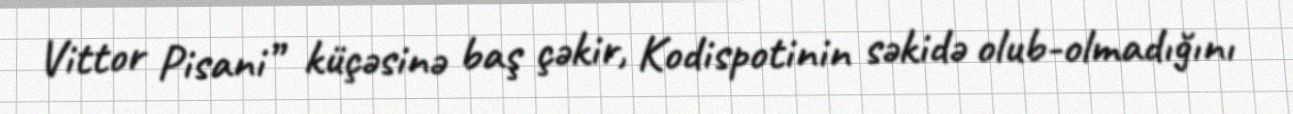
Vittor Pisani” küçəsinə baş çəkir, Kodispotinin səkidə olub-olmadığını